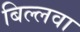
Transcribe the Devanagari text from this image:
बिल्लवा